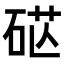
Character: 𥒴